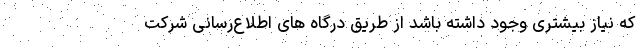
که نیاز بیشتری وجود داشته باشد از طریق درگاه های اطلاع‌رسانی شرکت